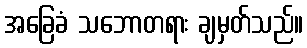
အခြေခံ သဘောတရား ချမှတ်သည်။